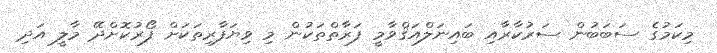
މިކަމުގެ ސަބަބުން ސަރުކާރާއި ބައިނަލްއަޤްވާމީ ފަރާތްތަކުން މި ވިޔަަފާރިތަކަށް ފޯރުކޮށްދޭ މާލީ އަދި